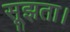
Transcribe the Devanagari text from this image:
सूझता।